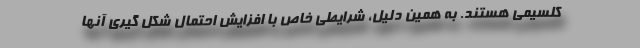
کلسیمی هستند. به همین دلیل، شرایطی خاص با افزایش احتمال شکل گیری آنها